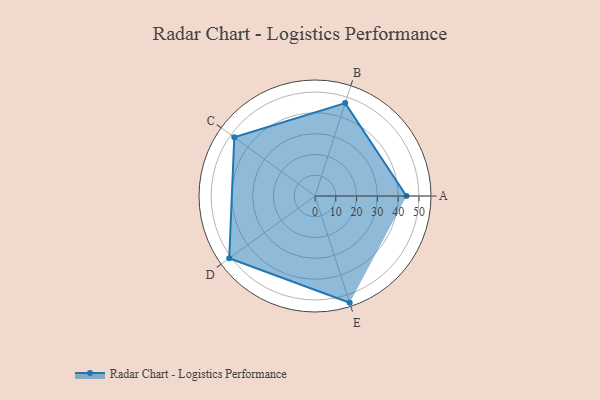
{"axis": {"x": "Skill", "y": "Score"}, "legend": ["Profile"], "data": [{"x": "A", "y": 44.0, "type": "Profile"}, {"x": "B", "y": 47.0, "type": "Profile"}, {"x": "C", "y": 48.0, "type": "Profile"}, {"x": "D", "y": 51.0, "type": "Profile"}, {"x": "E", "y": 54.0, "type": "Profile"}]}